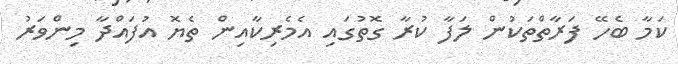
ކަމާ ބެހޭ ފަރާތްތަކުން ލަފާ ކުރާ ގޮތުގައި އެމެރިކާއިން ތެޔޮ އުފައްދާ މިންވަރު